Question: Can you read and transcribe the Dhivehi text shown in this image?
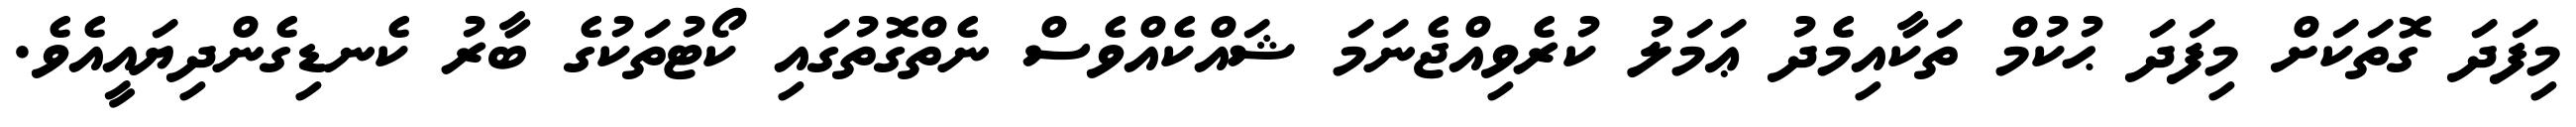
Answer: މިފަދަ ގޮތަކަށް މިފަދަ ޙުކުމް ތަކާއިމެދު ޢަމަލު ކުރެވިއްޖެނަމަ ޝައްކެއްވެސް ނެތްގޮތުގައި ކޯޓުތަކުގެ ބާރު ކެނޑިގެންދިޔައީއެވެ.